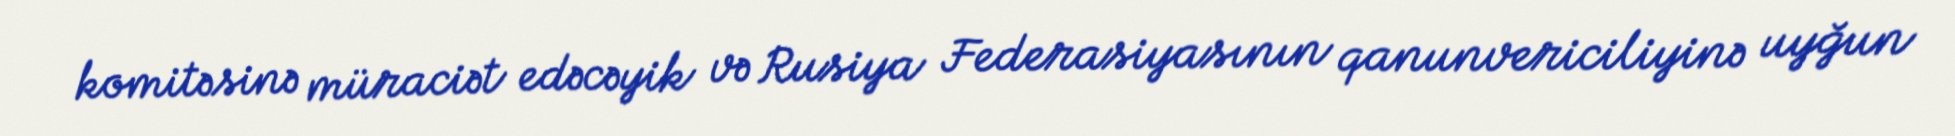
komitəsinə müraciət edəcəyik və Rusiya Federasiyasının qanunvericiliyinə uyğun